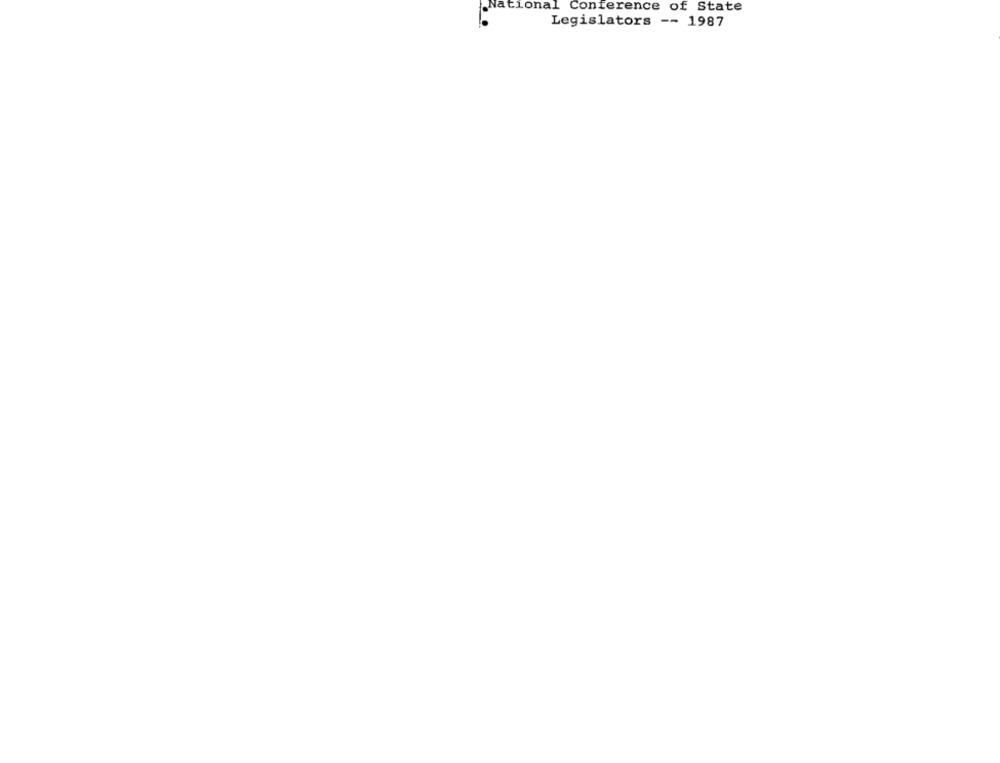
National Conference of State
Legislators -- 1987